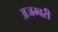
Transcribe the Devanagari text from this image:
अजम्बरी